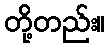
တို့တည်း။